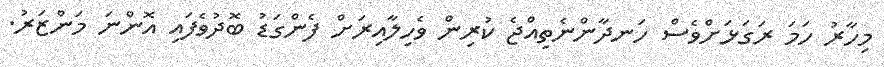
މިހާރު ހަމަ ރަގަޅަށްވެސް ހަނދާންނެތިއްޖެ ކުރިން ވެހިލާއިރަށް ފެންގަޑު ބޮދުވެފައި އޮންނަ މަންޒަރު.